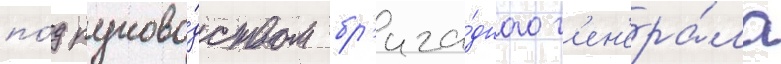
по́д руково́дством бр'ига́дного г'ен'ера́ла